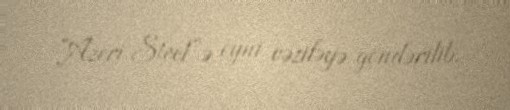
“Azeri Steel”ə eyni vəzifəyə göndərilib.